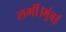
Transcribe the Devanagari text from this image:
लगीं।मुंबई